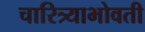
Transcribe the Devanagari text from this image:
चारित्र्याभोवती